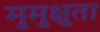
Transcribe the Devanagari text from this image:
मुमुक्षुता